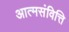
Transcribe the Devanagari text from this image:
आत्मसंवित्ति